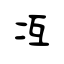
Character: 冱